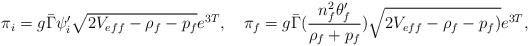
LaTeX: \begin{align*}\pi_i=g\bar\Gamma\psi_i'\sqrt{2V_{eff}-\rho_f-p_f}e^{3T}, \ \ \ \pi_f=g\bar\Gamma({n_f^2\theta_f'\over \rho_f+p_f})\sqrt{2V_{eff}-\rho_f-p_f)}e^{3T},\end{align*}